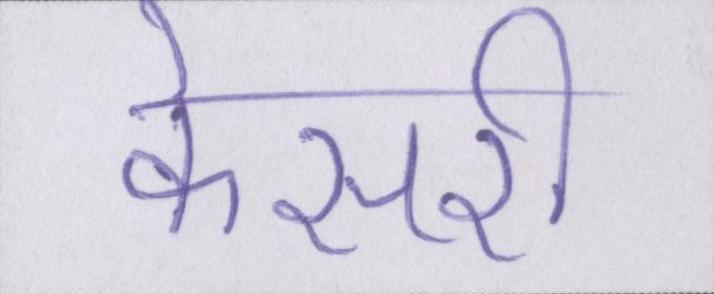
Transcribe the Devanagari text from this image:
केसरी